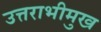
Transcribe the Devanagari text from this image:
उत्तराभीमुख